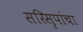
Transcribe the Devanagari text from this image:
सरिसृपांचा